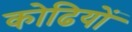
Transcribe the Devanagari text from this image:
कोढियों